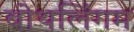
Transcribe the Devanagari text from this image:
बोथलिंगम